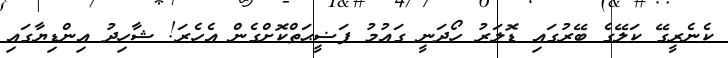
ކެެނެރީގޭ ކަލޭގެ ބޭރުގައި ޑޮލަރު ހޯދަނީ ގައުމު ފަޟީޙަތްކޮށްގެން އެހެރަ! ޝާހިދު އިންޑިޔާގައި